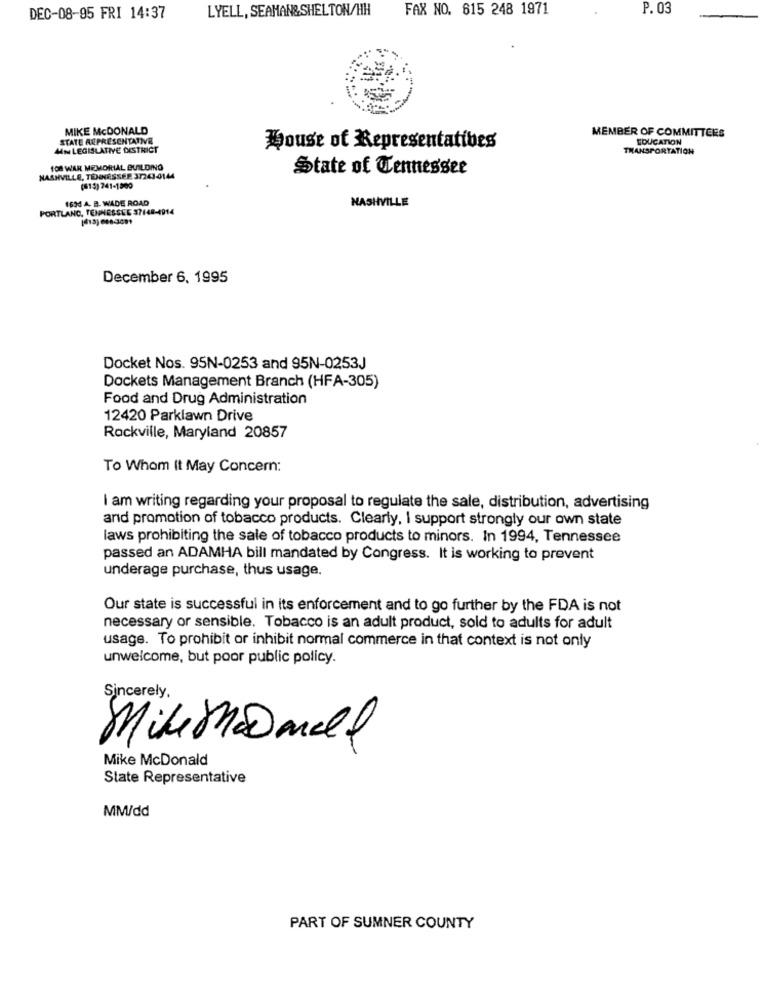
LYELL, SEAMAN&SHELTON/HH
FAX NO. 615 248 1971
P. 03
DEC-08-95 FRI 14:37
MIKE McDONALD
MEMBER OF COMMITTEES
STATE REPRESENTATIVE
EDUCATION
MN LEGISLATIVE DISTRICT
House of Representatives
TRANSPORTATION
108 WAR MEMORIAL BUILDING
State of Tennessee
NASHVILLE, TENNESSEE 3/243-4144
(615) 241-1800
1634 A. B. WADE ROAD
NASHVILLE
PORTLAND, TENNESSEE 37448-4914
December 6, 1995
Docket Nos. 95N-0253 and 95N-0253J
Dockets Management Branch (HFA-305)
Food and Drug Administration
12420 Parklawn Drive
Rockville, Maryland 20857
To Whom It May Concern:
I am writing regarding your proposal to regulate the sale, distribution, advertising
and promotion of tobacco products. Clearly, I support strongly our own state
laws prohibiting the sale of tobacco products to minors. In 1994, Tennessee
passed an ADAMHA bill mandated by Congress. It is working to prevent
underage purchase, thus usage.
Our state is successful in its enforcement and to go further by the FDA is not
necessary or sensible. Tobacco is an adult product, sold to adults for adult
usage. To prohibit or inhibit normal commerce in that context is not only
unwelcome, but poor public policy.
Sincerely,
MikeMa@mell
Mike McDonald
State Representative
MM/dd
PART OF SUMNER COUNTY